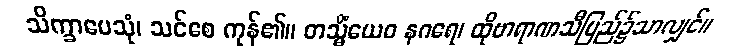
သိက္ခာပေသုံ၊ သင်စေ ကုန်၏။ တသ္မိံယေဝ နဂရေ၊ ထိုဗာရာဏသီပြည်၌သာလျှင်။